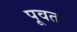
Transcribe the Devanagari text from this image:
पूवतः